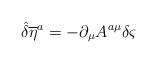
LaTeX: \begin{align*}{\hat{\delta}} {{\overline{\eta}} ^{a}}=-\partial _{\mu }A^{a\mu }\delta \varsigma\end{align*}